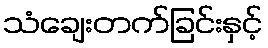
သံချေးတက်ခြင်းနှင့်